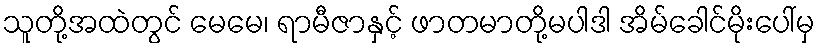
သူတို့အထဲတွင် မေမေ၊ ရာမီဇာနှင့် ဖာတမာတို့မပါဒါ အိမ်ခေါင်မိုးပေါ်မှ